Lunatic asylums Central Provinces reports 1895-1909 - 1895-1909
Year: 1895
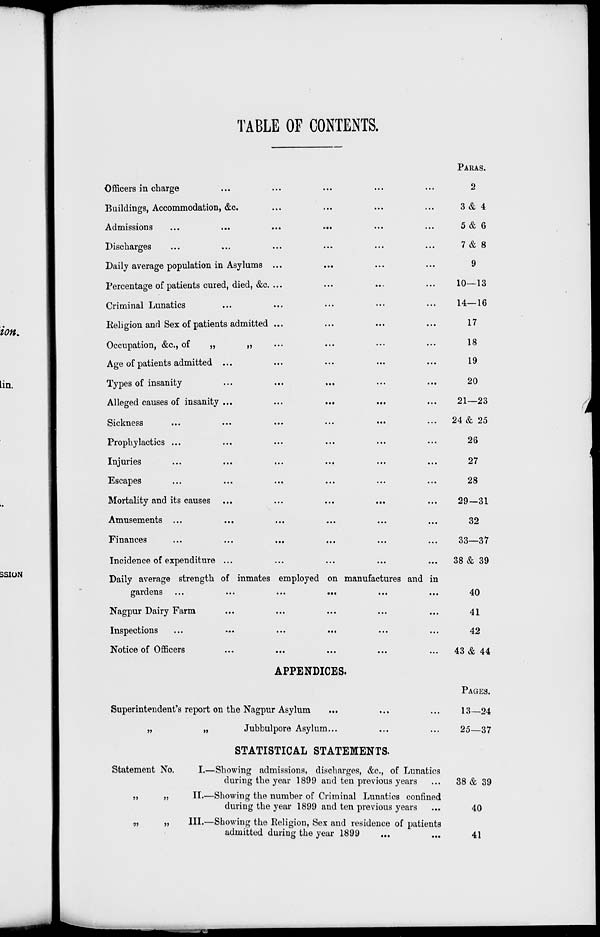
TABLE OF CONTENTS.
Officers in charge ... ... ... ... ...
Buildings, Accommodation, &c. ... ... ... ...
Admissions
...
...
...
...
...
...
Discharges ... ... ... ... ... ...
Daily average population in Asylums ... ... ... ...
Percentage of patients cured, died, &c. ... ... ... ...
Criminal Lunatics ... ... ... ... ...
Religion and Sex of patients admitted ... ... ... ...
Occupation, &c., of
„
„ ... ... ... ...
Age of patients admitted
...
...
...
...
...
Types of insanity
...
...
...
...
...
Alleged causes of insanity
...
...
...
...
...
Sickness
...
...
...
...
...
Prophylactics ... ... ... ... ...
Injuries
...
...
...
...
...
Escapes
...
...
...
...
...
Mortality and its causes
...
...
...
...
...
Amusements ... ... ... ... ...
Finances ... ... ... ... ...
Incidence of expenditure ... ... ... ... ...
Daily average strength of inmates employed on manufactures and in
gardens
...
...
...
...
...
...
Nagpur Dairy Farm ... ... ... ... ...
Inspections
...
...
...
...
...
Notice of Officers ... ... ... ... ...
APPENDICES.
Superintendent's report on the Nagpur Asylum ... ... ...
„
„
Jubbulpore Asylum ... ... ... ...
PARAS.
2
3& 4
5& 6
7& 8
9
10—13
14—16
17
18
19
20
21—23
24 & 25
26
27
28
29—31
32
33—37
38 & 39
40
41
42
43 & 44
PAGES.
13—24
25—37
Statement No.
„ „
„ „
STATISTICAL STATEMENTS.
I.—Showing admissions, discharges, &c., of Lunatics
during the year 1899 and ten previous years ...
II.—Showing the number of Criminal Lunatics confined
during the year 1899 and ten previous years ...
III.—Showing the Religion, Sex and residence of patients
admitted during the year 1899 ... ...
38 & 39
40
41